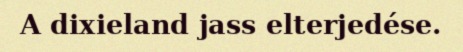
A dixieland jass elterjedése.